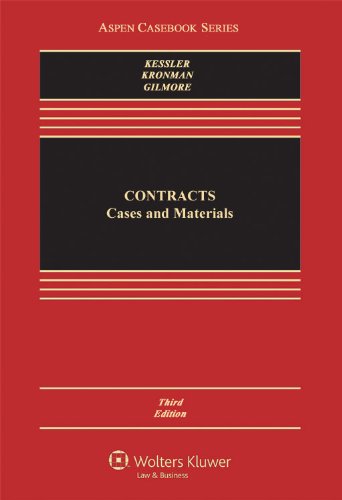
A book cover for Contracts: Cases and Materials, Third Edition (Caseboo); Friedrich Kessler; Law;